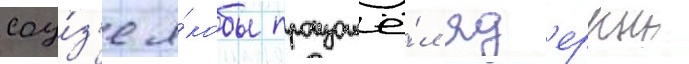
соу́з'е я́кобы произошё́л яд'ерныи